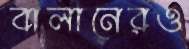
বালানেরও